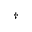
^ \dagger